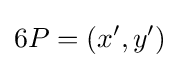
6P=(x',y')